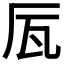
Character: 𠩅